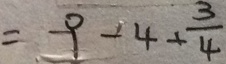
= - 9 - 4 + \frac { 3 } { 4 }